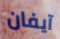
آيفان